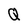
Character: Q